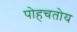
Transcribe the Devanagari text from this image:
पोहचतोय